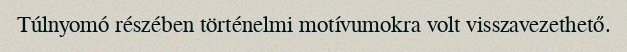
Túlnyomó részében történelmi motívumokra volt visszavezethető.